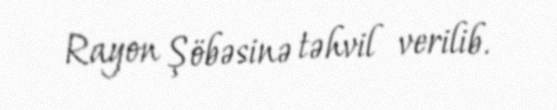
Rayon Şöbəsinə təhvil verilib.